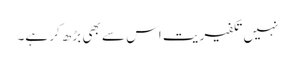
نہیں تکفیریت اس سے بھی بڑھ کر ہے۔